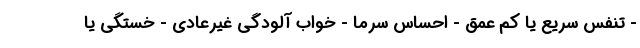
- تنفس سریع یا کم عمق - احساس سرما - خواب آلودگی غیرعادی - خستگی یا